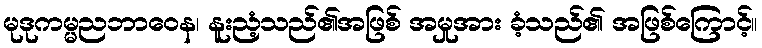
မုဒုကမ္မညဘာဝေန၊ နူးညံ့သည်၏အဖြစ် အမှုအား ခံ့သည်၏ အဖြစ်ကြောင့်။